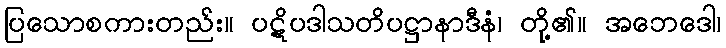
ပြသောစကားတည်း။ ပဋိပဒါသတိပဋ္ဌာနာဒီနံ၊ တို့၏။ အဘေဒေါ၊